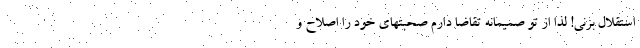
استقلال بزنی! لذا از تو صمیمانه تقاضا دارم صحبتهای خود را اصلاح و